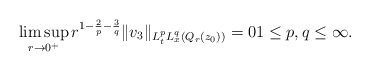
\begin{align*} \limsup_{r \to 0^+} r^{1-\frac{2}{p}-\frac{3}{q}} \|v_3\|_{L^p_tL^q_x(Q_r(z_0))} = 0 1 \leq p,q \leq \infty.\end{align*}